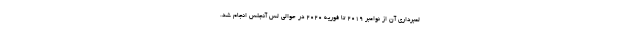
لمبرداری آن از نوامبر ۲۰۱۹ تا فوریه ۲۰۲۰ در حوالی لس آنجلس انجام شد.